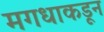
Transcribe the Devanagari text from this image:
मगधाकडून